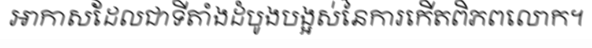
អាកាសដែលជាទីតាំងដំបូងបង្អស់នៃការកើតពិភពលោក។